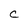
Character: C